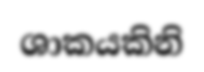
ශාකයකිනි